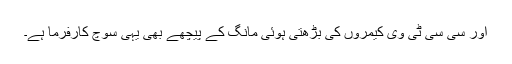
اور سی سی ٹی وی کیمروں کی بڑھتی ہوئی مانگ کے پیچھے بھی یہی سوچ کارفرما ہے۔